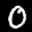
Label: 0